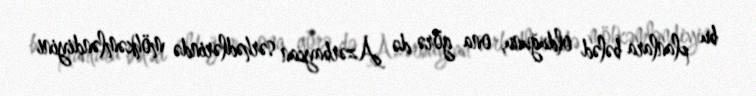
bu planlara bələd olduğunu, ona görə də Azərbaycan sərhədlərində möhkəmləndiyini